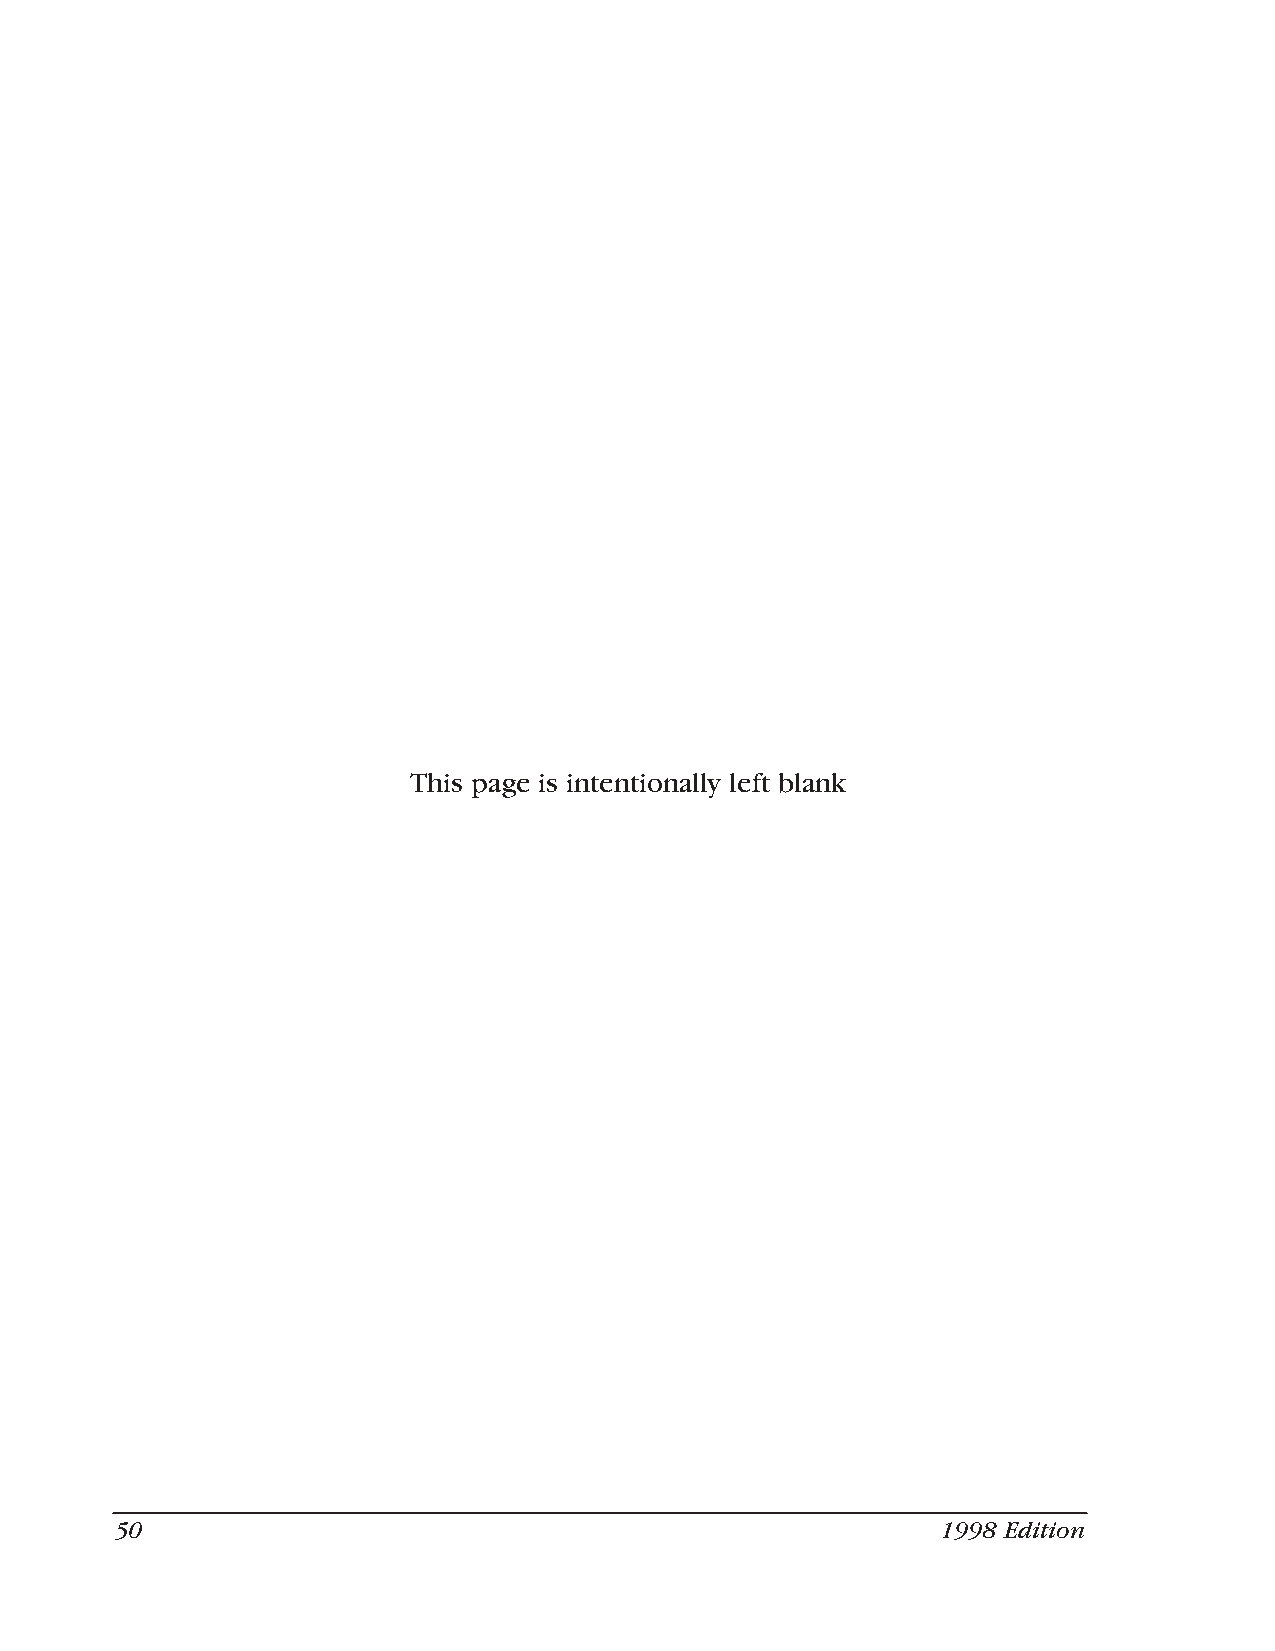
This page is intentionally left blank
 50                                                    1998 Edition